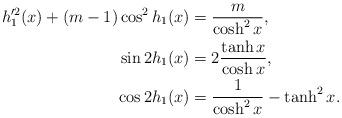
LaTeX: \begin{align*}h_1'^2(x)+(m-1)\cos^2h_1(x)&=\frac{m}{\cosh^2 x},\\\sin 2h_1(x)&=2\frac{\tanh x}{\cosh x},\\\cos 2h_1(x)&=\frac{1}{\cosh^2x}-\tanh^2x.\end{align*}